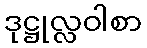
ဒုဋ္ဌုလ္လဝါစာ